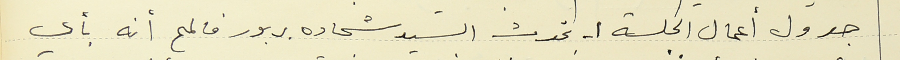
جدول أعمال الجلسة ١- تحدث السيد شحاده بربور فالمح أنه بأي